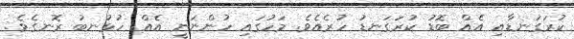
ކުރަގަނޑާއި އެއް ބޮޑު ކުރަގަނޑު ހުރެއެވެ. މަހުގައި ހުންނަނީ އެއް ހުޅުނބު ރޮނގެވެ.